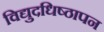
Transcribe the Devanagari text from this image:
विद्युदधिष्ठापन